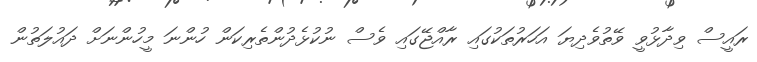
ރައީސް ވިދާޅުވީ ވޭތުވެދިޔަ އަހަރުތަކުގައި ރާއްޖޭގައި ވެސް ނުކުޅެދުންތެރިކަން ހުންނަ މީހުންނަށް ދައުލަތުން